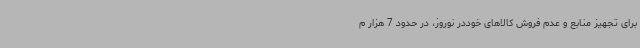
برای تجهیز منابع و عدم فروش کالاهای خوددر نوروز، در حدود 7 هزار م